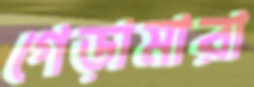
গেড়ামারা